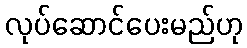
လုပ်ဆောင်ပေးမည်ဟု